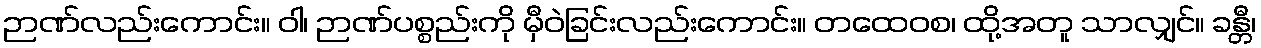
ဉာဏ်လည်းကောင်း။ ဝါ၊ ဉာဏ်ပစ္စည်းကို မှီဝဲခြင်းလည်းကောင်း။ တထေဝစ၊ ထို့အတူ သာလျှင်။ ခန္တီ၊